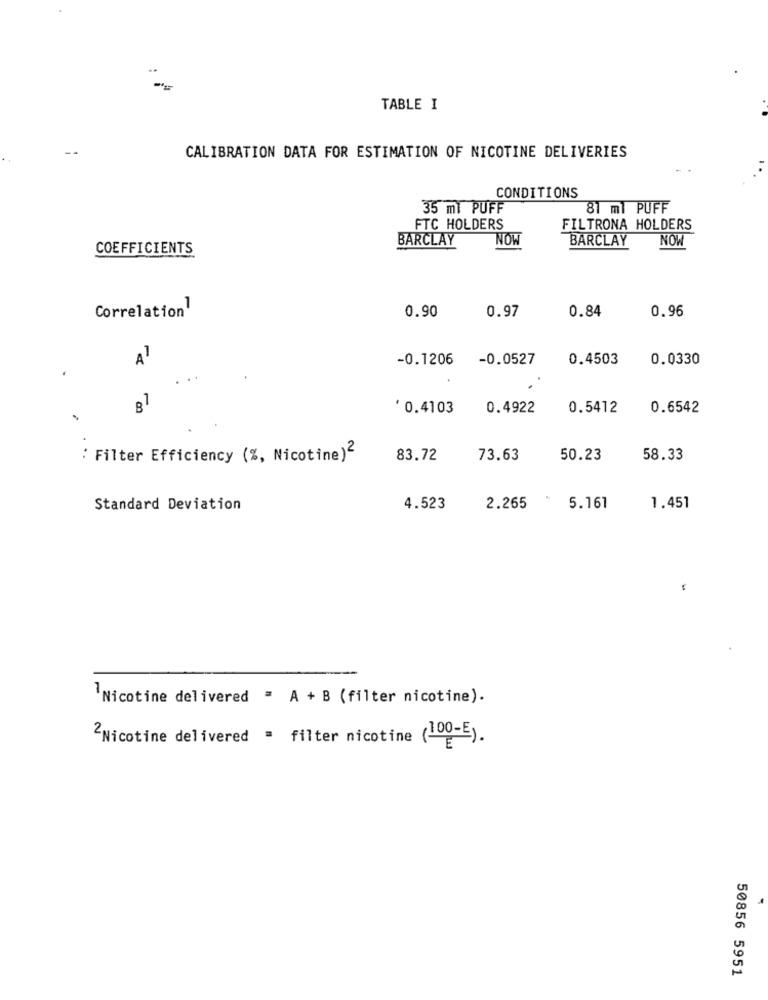
-=
TABLE I
CALIBRATION DATA FOR ESTIMATION OF NICOTINE DELIVERIES
CONDITIONS
35 ml PUFF
81 ml PUFF
FTC HOLDERS
FILTRONA HOLDERS
BARCLAY
NOW
BARCLAY
NOW
COEFFICIENTS
0.97
0.84
0.96
Correlation
0.90
A
-0.1206
-0.0527
0.4503
0.0330
B
'0.4103
0.4922
0.5412
0.6542
: Filter Efficiency (%, Nicotine)2
83.72
73.63
50.23
58.33
Standard Deviation
4.523
2.265
5.161
1.451
Nicotine delivered = A + B (filter nicotine).
2Nicotine delivered = filter nicotine (100-E).
50856 5951